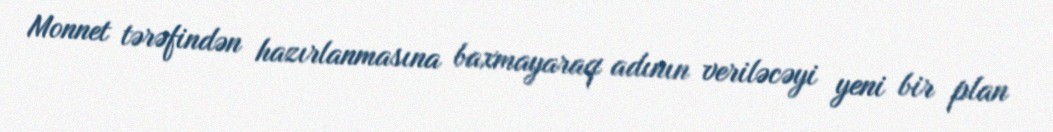
Monnet tərəfindən hazırlanmasına baxmayaraq adının veriləcəyi yeni bir plan